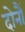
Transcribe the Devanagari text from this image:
दोनौं